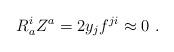
LaTeX: \begin{align*}R^i_aZ^a=2y_jf^{ji}\approx 0 \ .\end{align*}